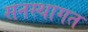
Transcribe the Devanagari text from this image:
सनस्थागत